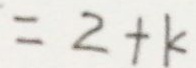
= 2 + k